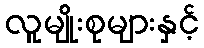
လူမျိုးစုများနှင့်